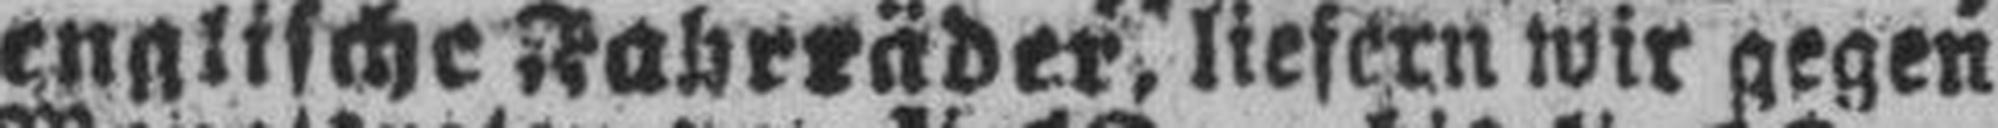
englische Fahrräder, liefern wir gegen